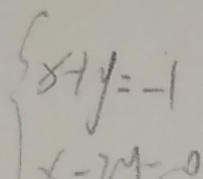
x - 1 y = - 1